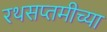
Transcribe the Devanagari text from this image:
रथसप्तमीच्या